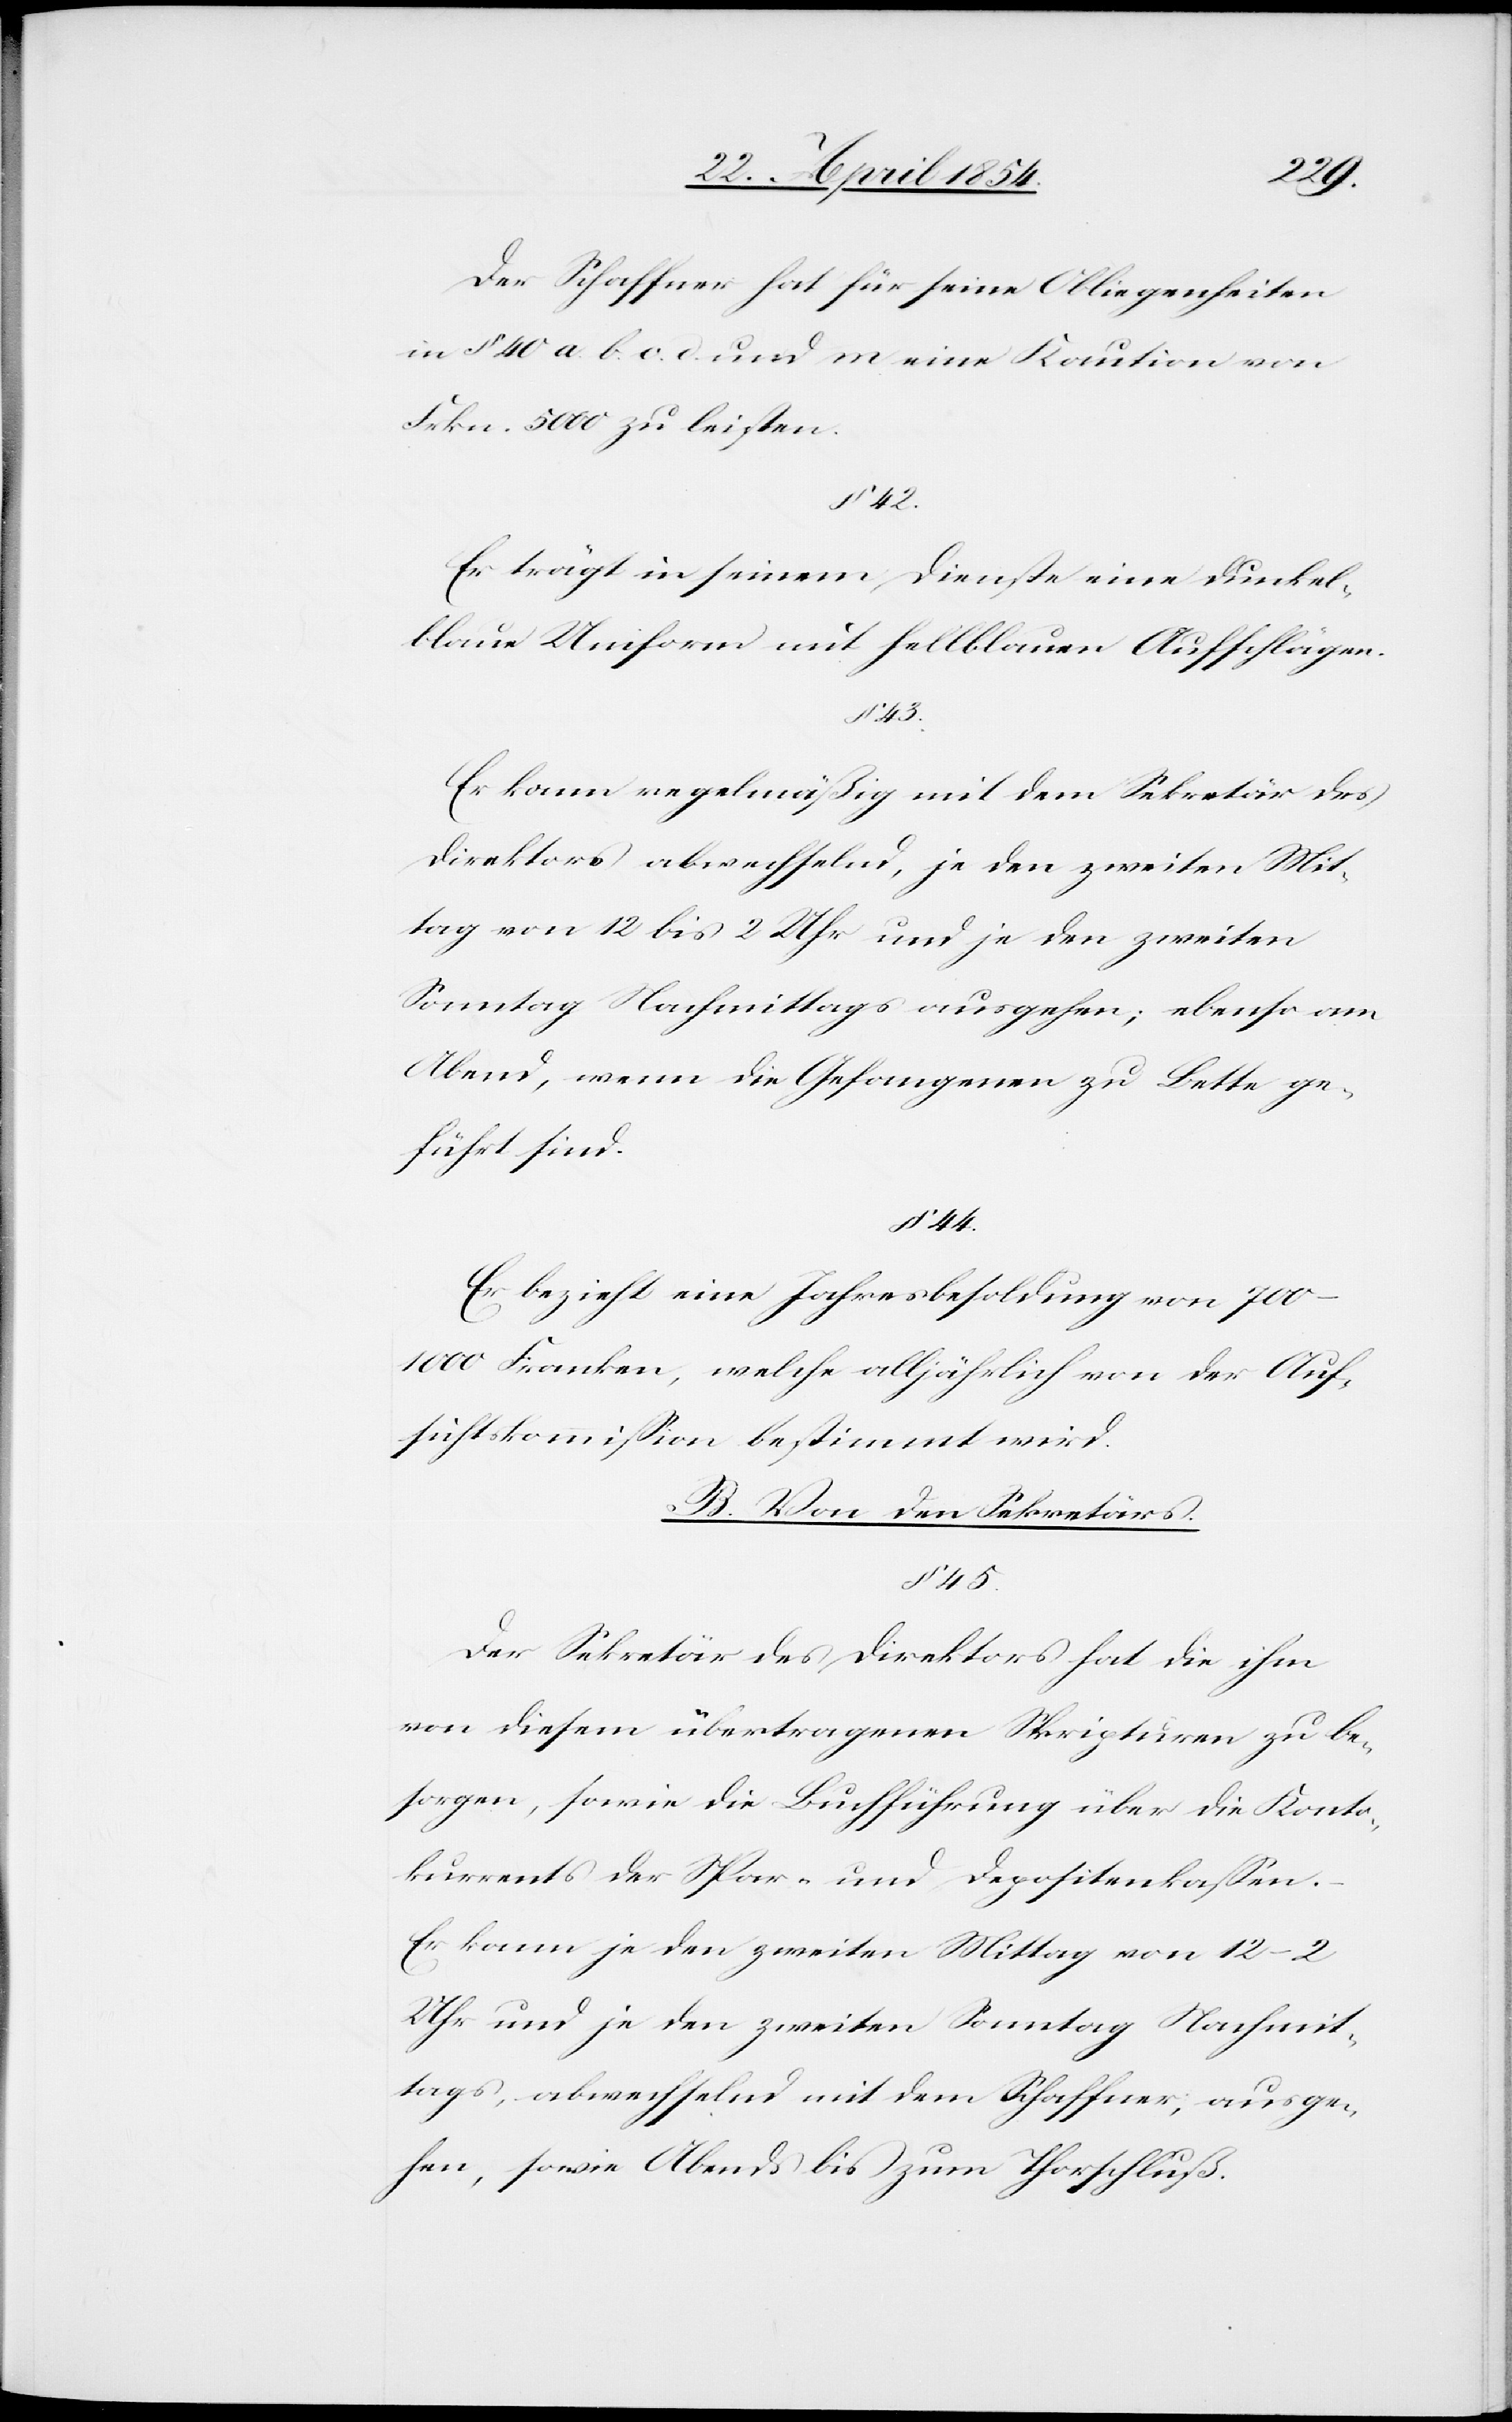
Der Schaffner hat für seine Obliegenheiten
in § 40 a.[,] b.[,] c.[,] d. und m. eine Kaution von
Frkn. 5000 zu leisten.
§ 42.
Er trägt in seinem Dienste eine dunkel¬
blaue Uniform mit hellblauen Aufschlägen.
Er kann unregelmäßig mit dem Sekretär des
Direktors abwechselnd, je den zweiten Mit¬
tag von 12 bis 2 Uhr und je den zweiten
Sonntag Nachmittags ausgehen; ebenso am
Abend, wenn die Gefangenen zu Bette ge¬
führt sind.
§ 44.
Er bezieht eine Jahresbesoldung von
700–1000 Franken, welche alljährlich von der Auf¬
sichtskommißion bestimmt wird.
B. Von den Sekretärs.
§ 45.
Der Sekretär des Direktors hat die ihm
von diesem übertragenen Skripturen zu be¬
sorgen, sowie die Buchführung über die Konto¬
kurrents der Spar- und Depositenkaßen.
Er kann je den zweiten Mittag von 12–2
Uhr und je den zweiten Sonntag Nachmit¬
tag, abwechselnd mit dem Schaffner, ausge¬
hen, sowie Abends bis zum Thorschluß.